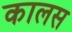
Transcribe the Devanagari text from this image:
कालस